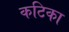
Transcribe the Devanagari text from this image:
कटिका